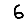
Digit: 6